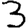
Digit: 3